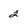
Character: 2